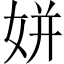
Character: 姘